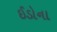
ઈડોના